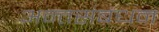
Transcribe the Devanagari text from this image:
अन्तसंबंधन